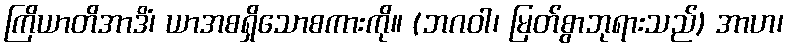
ကြိယာတိအာဒိံ၊ ယာအစရှိသောစကားကို။ (ဘဂဝါ၊ မြတ်စွာဘုရားသည်) အာဟ၊